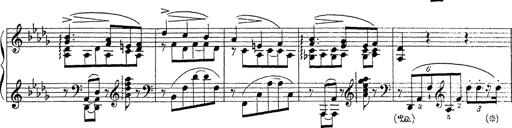
Title: Ballade No.1
Composer: Richard St. Clair